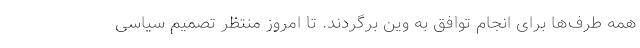
همه طرف‌ها برای انجام توافق به وین برگردند. تا امروز منتظر تصمیم سیاسی